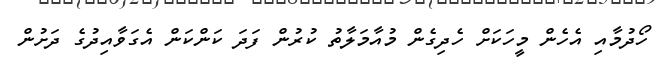
ހޯދުމާއި އެހެން މީހަކަށް ހެދިގެން މުއާމަލާތު ކުރުން ފަދަ ކަންކަން އެގަވާއިދުގެ ދަށުން